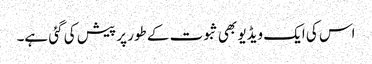
اس کی ایک ویڈیو بھی ثبوت کے طور پر پیش کی گئی ہے۔